Scottish Certificate of Education, 1962
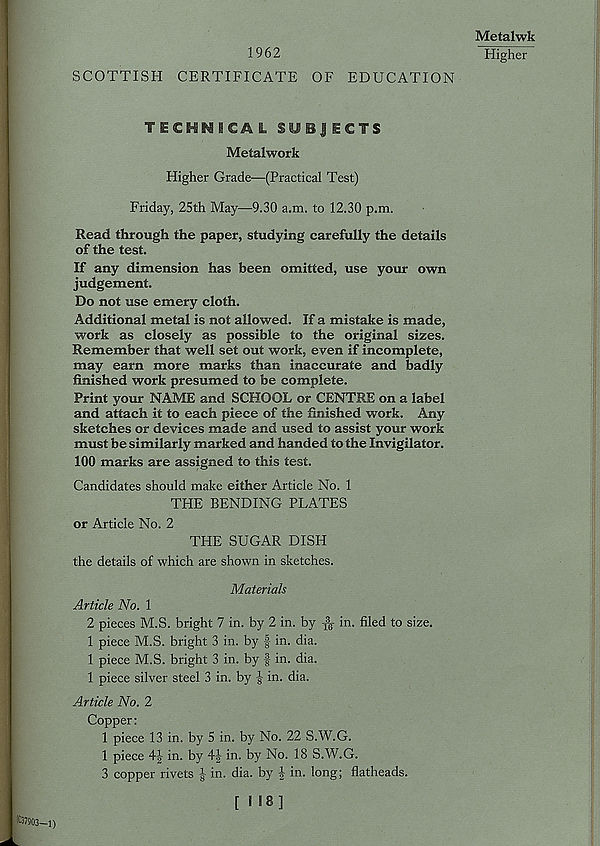
1962
SCOTTISH CERTIFICATE OF EDUCATION
TECHUHCAL SUBJECTS
Metalwork
Higher Grade—(Practical Test)
Friday, 25th May—9.30 a.m. to 12.30 p.m.
Read through the paper, studying carefully the details
of the test.
If any dimension has been omitted, use your own
judgement.
Do not use emery cloth.
Additional metal is not allowed. If a mistake is made,
work as closely as possible to the original sizes.
Remember that well set out work, even if incomplete,
may earn more marks than inaccurate and badly
finished work presumed to be complete.
Print your NAME and SCHOOL or CENTRE on a label
and attach it to each piece of the finished work. Any
sketches or devices made and used to assist your work
must be similarly marked and handed to the Invigilator.
100 marks are assigned to this test.
Candidates should make either Article No. 1
THE BENDING PLATES
or Article No. 2
THE SUGAR DISH
the details of which are shown in sketches.
Materials
Article No. 1
2 pieces M.S. bright 7 in. by 2 in. by
in. filed to size.
1 piece M.S. bright 3 in. by f in. dia.
1 piece M.S. bright 3 in. by f in. dia.
1 piece silver steel 3 in. by ^ in. dia.
Article No. 2
Copper:
1 piece 13 in. by 5 in. by No. 22 S.W.G.
1 piece 4J- in. by 4|- in. by No. 18 S.W.G.
3 copper rivets J in. dia. by J in. long; flatheads.
[ > «S]
Metalwk
Higher
■ i)